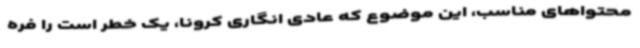
محتواهای مناسب، این موضوع که عادی انگاری کرونا، یک خطر است را فره